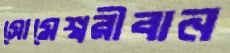
সোমেশ্বরীবান